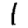
Digit: 1